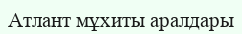
Атлант мұхиты аралдары